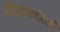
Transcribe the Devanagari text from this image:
प्रौद्योकगिकी